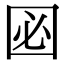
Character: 㘠